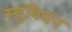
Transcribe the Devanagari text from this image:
स्युबियन